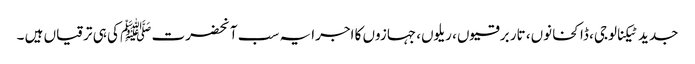
جدید ٹیکنالوجی، ڈاکخانوں، تار برقیوں، ریلوں، جہازوں کا اجرا یہ سب آنحضرت ﷺ کی ہی ترقیاں ہیں ۔